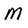
Character: M